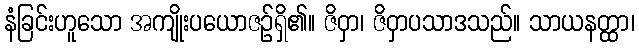
နံခြင်းဟူသော အကျိုးပယောဇဉ်ရှိ၏။ ဇိဝှာ၊ ဇိဝှာပသာဒသည်။ သာယနတ္ထာ၊